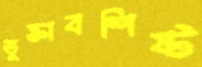
ভুক্তাবশিষ্ট